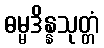
ဓမ္မဒိန္နသုတ္တံ